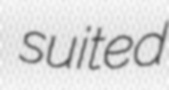
suited